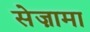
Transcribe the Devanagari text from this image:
सेज़ामा